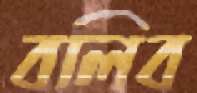
বলিব